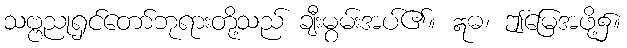
သဗ္ဗညုရှင်တော်ဘုရားတို့သည် ချီးမွမ်းအပ်၏။ ဣဓ၊ ဤမြေအဖို့၌။